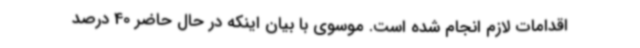
اقدامات لازم انجام شده است. موسوی با بیان اینکه در حال حاضر 40 درصد